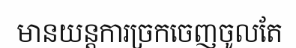
មានយន្តការច្រកចេញចូលតែ